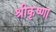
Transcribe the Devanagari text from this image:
श्रीकृष्णा